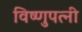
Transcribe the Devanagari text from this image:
विष्णुपत्नी